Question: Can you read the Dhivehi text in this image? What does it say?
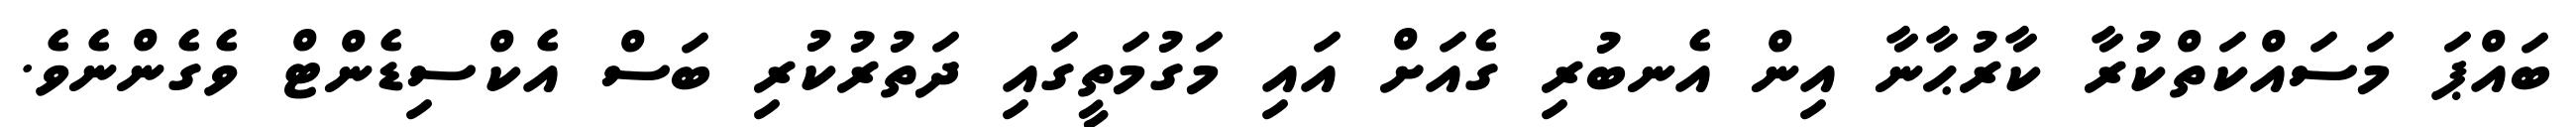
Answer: ބައްޕަ މަސައްކަތްކުރާ ކާރުޙާނާ އިން އެނބުރި ގެއަށް އައި މަގުމަތީގައި ދަތުރުކުރި ބަސް އެކްސިޑެންޓް ވެގެންނެވެ.